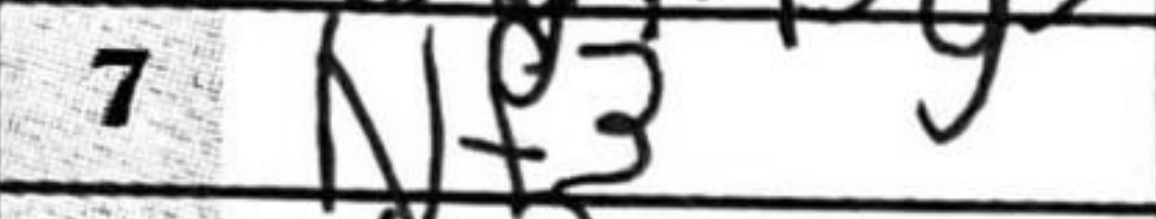
Transcription: Nf3